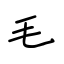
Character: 毛